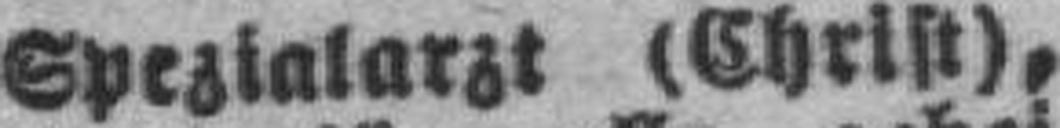
Spezialarzt (Christ),